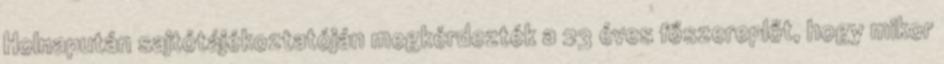
Holnapután sajtótájékoztatóján megkérdezték a 23 éves főszereplőt, hogy mikor